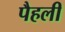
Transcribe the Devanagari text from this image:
पैहली